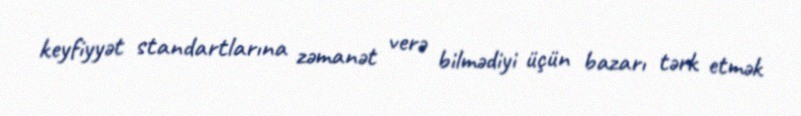
keyfiyyət standartlarına zəmanət verə bilmədiyi üçün bazarı tərk etmək